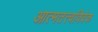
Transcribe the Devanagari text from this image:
आत्मतत्त्वविवेक